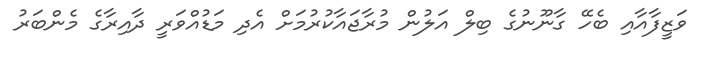
ވަޒީފާއާއި ބެހޭ ގާނޫނުގެ ބިލް އަލުން މުރާޖައާކުރުމަށް އެދި މަޑުއްވަރީ ދާއިރާގެ މެންބަރު